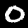
Digit: 0